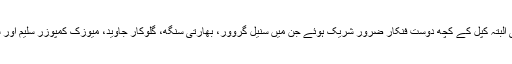
شادی کی تقریب میں کسی نامور اداکار نے شرکت نہیں کی البتہ کپل کے کچھ دوست فنکار ضرور شریک ہوئے جن میں سنیل گروور، بھارتی سنگھ، گلوکار جاوید، میوزک کمپوزر سلیم اور سلیمان سمیت دیگر جبکہ دونوں کے اہل خانہ شریک ہوئے۔